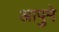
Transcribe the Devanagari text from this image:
आपुमे